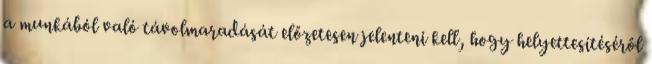
a munkából való távolmaradását előzetesen jelenteni kell, hogy helyettesítéséről